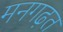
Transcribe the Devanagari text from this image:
मनगढ़त